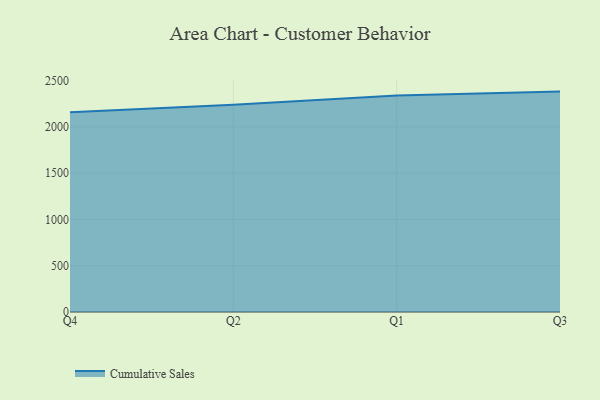
{"axis": {"x": "Quarter", "y": "Operating Costs (USD K)"}, "legend": ["Cumulative Sales"], "data": [{"x": "Q4", "y": 2157.6, "type": "Cumulative Sales"}, {"x": "Q2", "y": 2239.1, "type": "Cumulative Sales"}, {"x": "Q1", "y": 2339.1, "type": "Cumulative Sales"}, {"x": "Q3", "y": 2380.9, "type": "Cumulative Sales"}]}